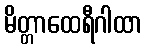
မိတ္တာထေရီဂါထာ